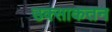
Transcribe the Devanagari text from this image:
उक्साकतन